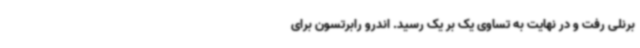
برنلی رفت و در نهایت به تساوی یک بر یک رسید. اندرو رابرتسون برای